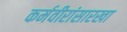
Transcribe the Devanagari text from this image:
कर्मवीरांसारखा